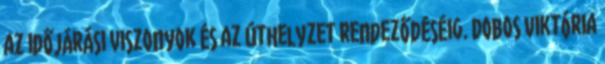
az időjárási viszonyok és az úthelyzet rendeződéséig. Dobos Viktória